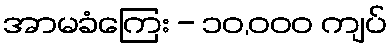
အာမခံကြေး - ၁၀,၀၀၀ ကျပ်